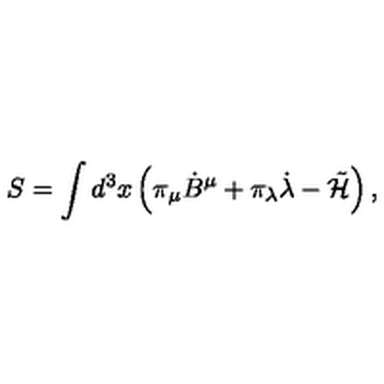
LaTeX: S = \int d ^ { 3 } x \left( \pi _ { \mu } { \dot { B } } ^ { \mu } + \pi _ { \lambda } { \dot { \lambda } } - \tilde { \cal H } \right) ,